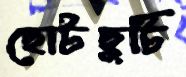
ছোটছুটি